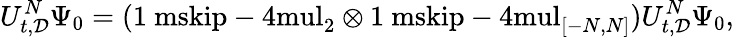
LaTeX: U_{t,\mathcal{D}}^{N}\Psi_{0}=({\mathchoice{\mathrm{1\ mskip-4mul}}{\mathrm{1\ mskip-4mul}}{\mathrm{1\ mskip-4.5mul}}{\mathrm{1\ mskip-5mul}}}_{2}\otimes{\mathchoice{\mathrm{1\ mskip-4mul}}{\mathrm{1\ mskip-4mul}}{\mathrm{1\ mskip-4.5mul}}{\mathrm{1\ mskip-5mul}}}_{[-N,N]})U_{t,\mathcal{D}}^{N}\Psi_{0},